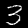
Digit: 3